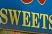
sweets